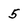
Character: 5